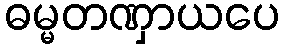
ဓမ္မတဏှာယပေ